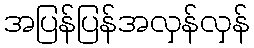
အပြန်ပြန်အလှန်လှန်